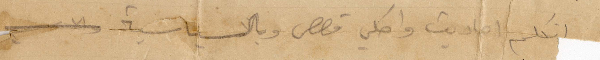
أتكلم احاديث واحكي قصص وبالسياسة والادب